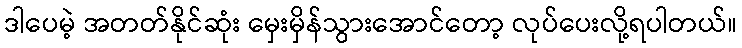
ဒါပေမဲ့ အတတ်နိုင်ဆုံး မှေးမှိန်သွားအောင်တော့ လုပ်ပေးလို့ရပါတယ်။